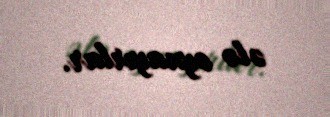
ələ oynayırlar.